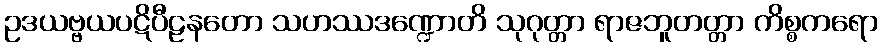
ဥဒယဗ္ဗယပဋိပီဠနတော သဟဿဒဏ္ဍောတိ သုဂုတ္တာ ရာဇဘူတတ္တာ ကိစ္စကရော